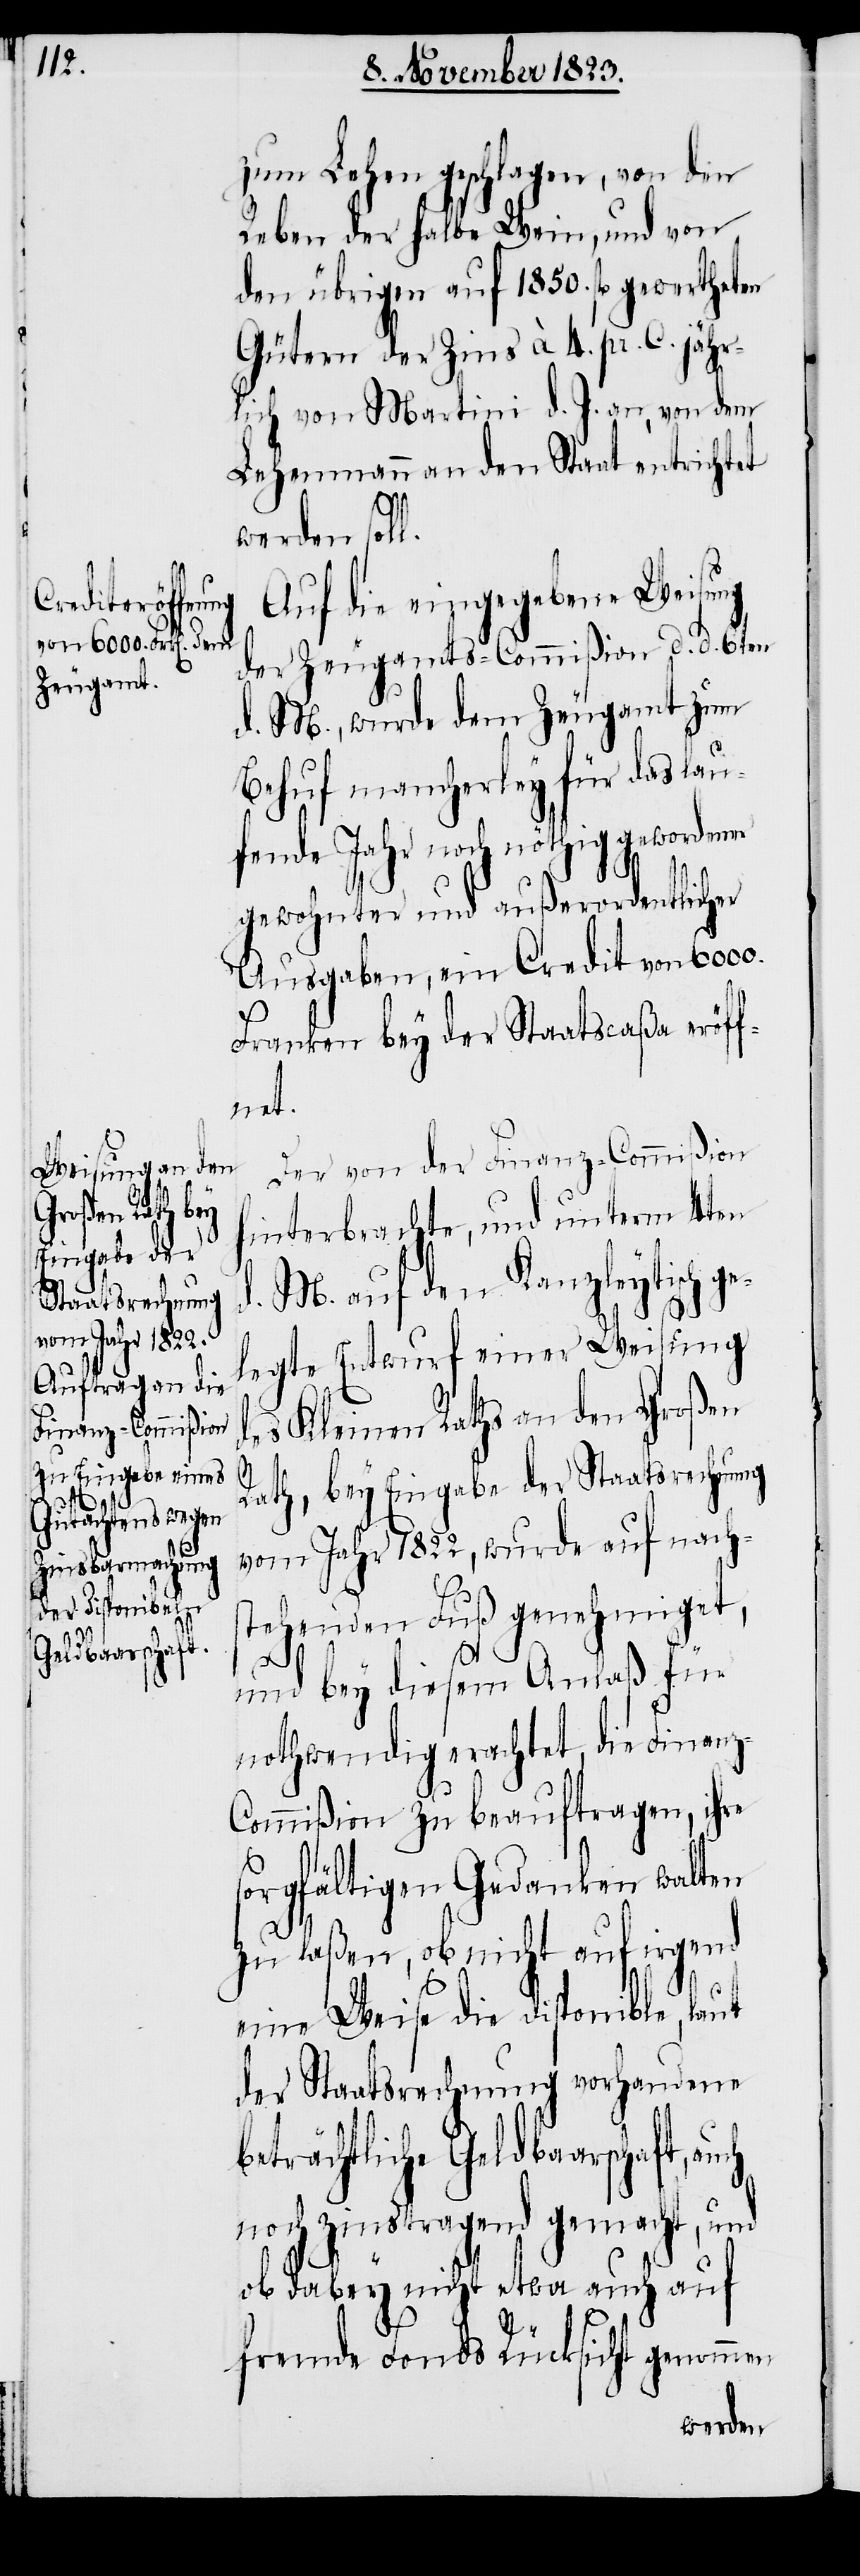
zum Lehen geschlagen, von den
Reben der halbe Wein, und von
den übrigen auf 1850. fl gewertheten
Gütern der Zins à 4. pr. C. jähr¬
lich von Martini d. J. an, von dem
Lehenmann an den Staat entrichtet
werden sol¬
Auf die eingegebene Weisung
der Zeugamts-Commißion d. d. 6ten
d. M., wurde dem Zeugamt zum
Behuf mancherley für das lau¬
fende Jahr noch nöthig gewordener
z-C¬
gewohnter und außerordentlicher
Ausgaben, ein Credit von 6000.
Franken bey der Staatscaßa eröf¬
fnet.
Der von der Finanz-Commißion
hinterbrachte, und unterm 4ten
d. M. auf den Kanzleytisch ge¬
legte Entwurf einer Weisung
des Kleinen Raths an den Großen
Rath, bey Eingabe der Staatsrechnung
vom Jahr 1822, wurde auf nach¬
stehenden Fuß genehmiget,
l.
und bey diesem Anlaß für
nothwendig erachtet, die Finan¬
ommißion zu beauftragen, ihre
sorgfältigen Gedanken walten
zu laßen, ob nicht auf irgend
eine Weise die disponible, laut
der Staatsrechnung vorhandene
beträchtliche Geldbaarschaft,
noch zinstragend gemacht, und
ob dabey nicht etwa auch auf
fremde Fonds Rücksicht genommen